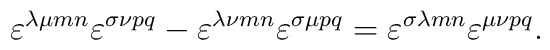
\varepsilon^{\lambda\mu mn} \varepsilon^{\sigma\nu pq} -\varepsilon^{\lambda\nu mn} \varepsilon^{\sigma\mu pq} =\varepsilon^{\sigma\lambda mn} \varepsilon^{\mu\nu pq}.